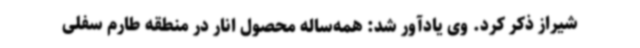
شیراز ذکر کرد. وی یادآور شد: همه‌ساله محصول انار در منطقه طارم سفلی